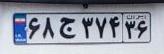
۶۸ج۳۷۴۳۶